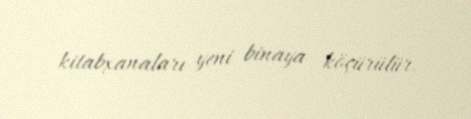
kitabxanaları yeni binaya köçürülür.